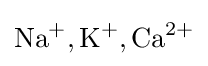
{\text{Na}}^{+},{\text{K}}^{+},{\text{Ca}}^{2+}